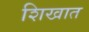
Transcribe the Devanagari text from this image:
शिखात